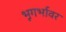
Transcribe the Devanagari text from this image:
भूगर्भावर